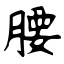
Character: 腰